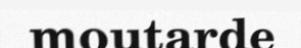
moutarde